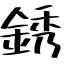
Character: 銹